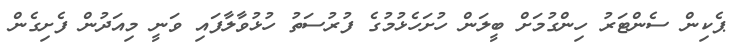
ޕެކިން ސެންޓަރު ހިންގުމަށް ބީލަން ހުށަހެޅުމުގެ ފުރުސަތު ހުޅުވާލާފައި ވަނީ މިއަދުން ފެށިގެން